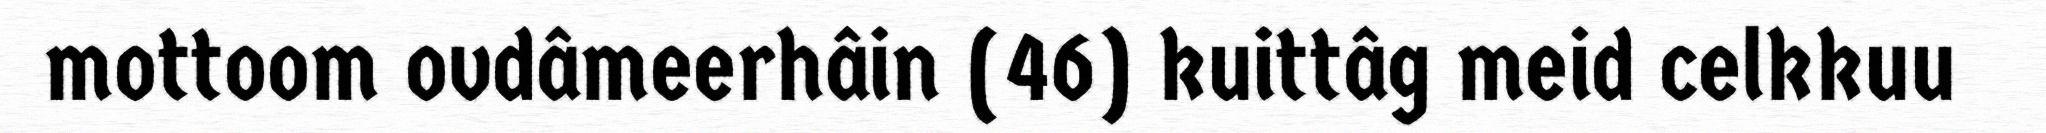
mottoom ovdâmeerhâin (46) kuittâg meid celkkuu